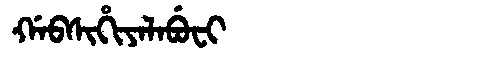
Manchu: ᡤᠠᠪᠰᡳᡥᡳᠶᠠᠯᠠᠪᡠᠸᡳ
Romanization: GABSIHIYALABUFI